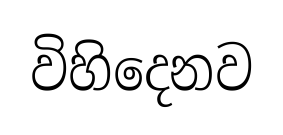
විහිදෙනව